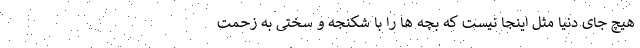
هیچ جای دنیا مثل اینجا نیست که بچه ها را با شکنجه و سختی به زحمت